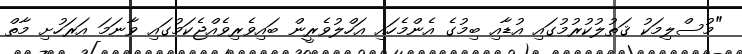
"މުސްލިމަކު ޤަތުލުކުރުމުގައި އުޑާއި ބިމުގެ އެންމެހައި އަހްލުވެރީން ބައިވެރިވެއްޖެކަމުގައި ވާނަމަ އަރަހުށި މާތް